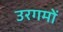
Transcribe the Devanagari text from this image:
उरगमों